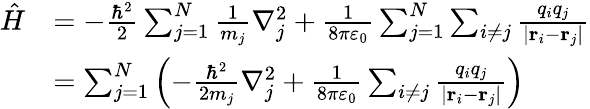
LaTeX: {\begin{array}{rl}{{\hat{H}}}&{=-{\frac{\hbar^{2}}{2}}\sum_{j=1}^{N}{\frac{1}{m_{j}}}\nabla_{j}^{2}+{\frac{1}{8\pi\varepsilon_{0}}}\sum_{j=1}^{N}\sum_{i\neq j}{\frac{q_{i}q_{j}}{|\mathbf{r}_{i}-\mathbf{r}_{j}|}}}\\ &{=\sum_{j=1}^{N}\left(-{\frac{\hbar^{2}}{2m_{j}}}\nabla_{j}^{2}+{\frac{1}{8\pi\varepsilon_{0}}}\sum_{i\neq j}{\frac{q_{i}q_{j}}{|\mathbf{r}_{i}-\mathbf{r}_{j}|}}\right)}\end{array}}